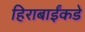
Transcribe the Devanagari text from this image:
हिराबाईंकडे